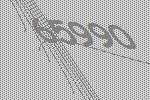
65990